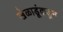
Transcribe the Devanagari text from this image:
खेळाडूंकडून